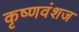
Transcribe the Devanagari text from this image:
कृष्‍णवंशज